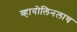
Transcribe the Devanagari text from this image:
व्हायोलिनलाच